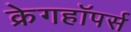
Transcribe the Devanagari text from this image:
क्रेगहॉपर्स